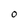
Character: O